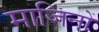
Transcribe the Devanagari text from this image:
माजिनों